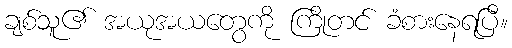
ချစ်သူ၏ အယုအယတွေကို ကြိုတင် ခံစားနေရပြီ။